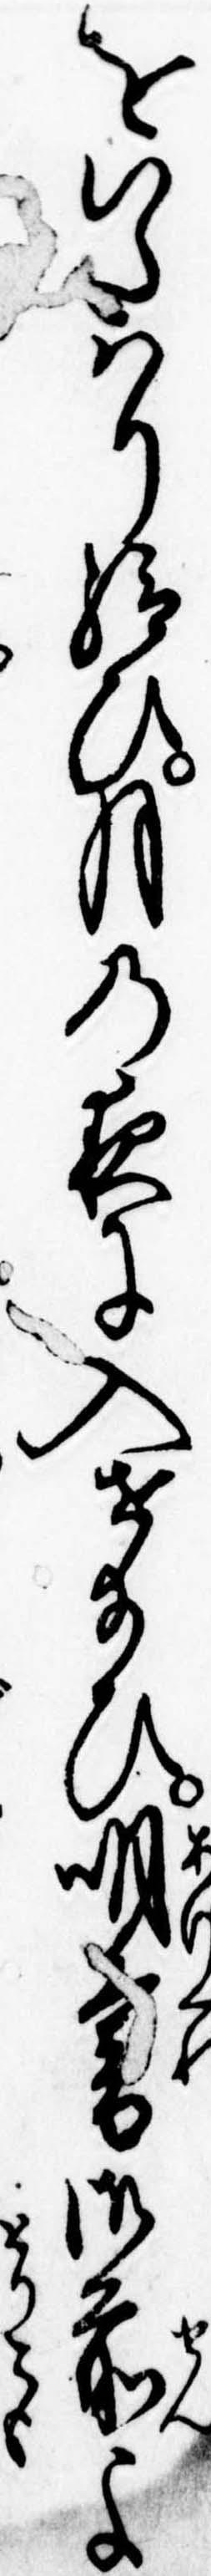
をいたはり給ひ月の夜に入せ給ひ明暮御前よ